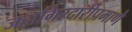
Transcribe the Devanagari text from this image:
जहागिरदारीप्रमाणे